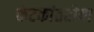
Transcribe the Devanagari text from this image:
कंटकांतरोया